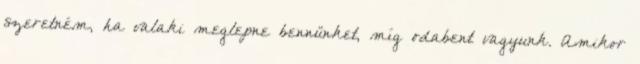
szeretném, ha valaki meglepne bennünket, míg odabent vagyunk. Amikor